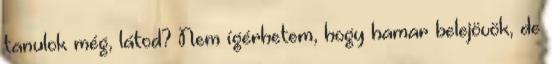
tanulok még, látod? Nem ígérhetem, hogy hamar belejövök, de